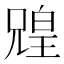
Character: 𫤟